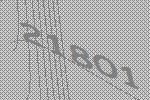
21801